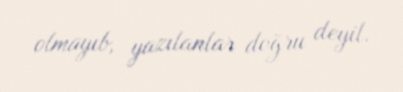
olmayıb, yazılanlar doğru deyil.